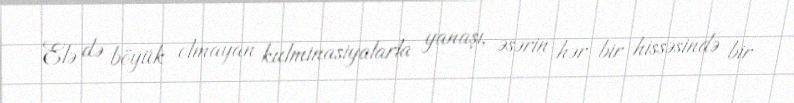
Elə də böyük olmayan kulminasiyalarla yanaşı, əsərin hər bir hissəsində bir